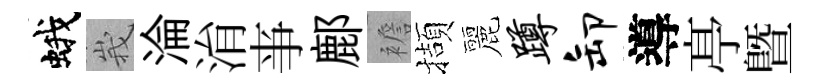
蛾峩淪㳙亊鄜襜擷麗蹲卸導𠅘暨